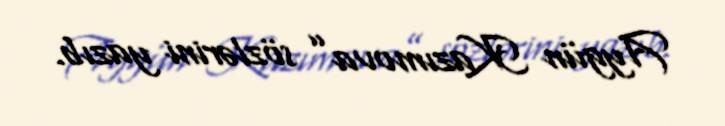
Aygün Kazımova” sözlərini yazıb.